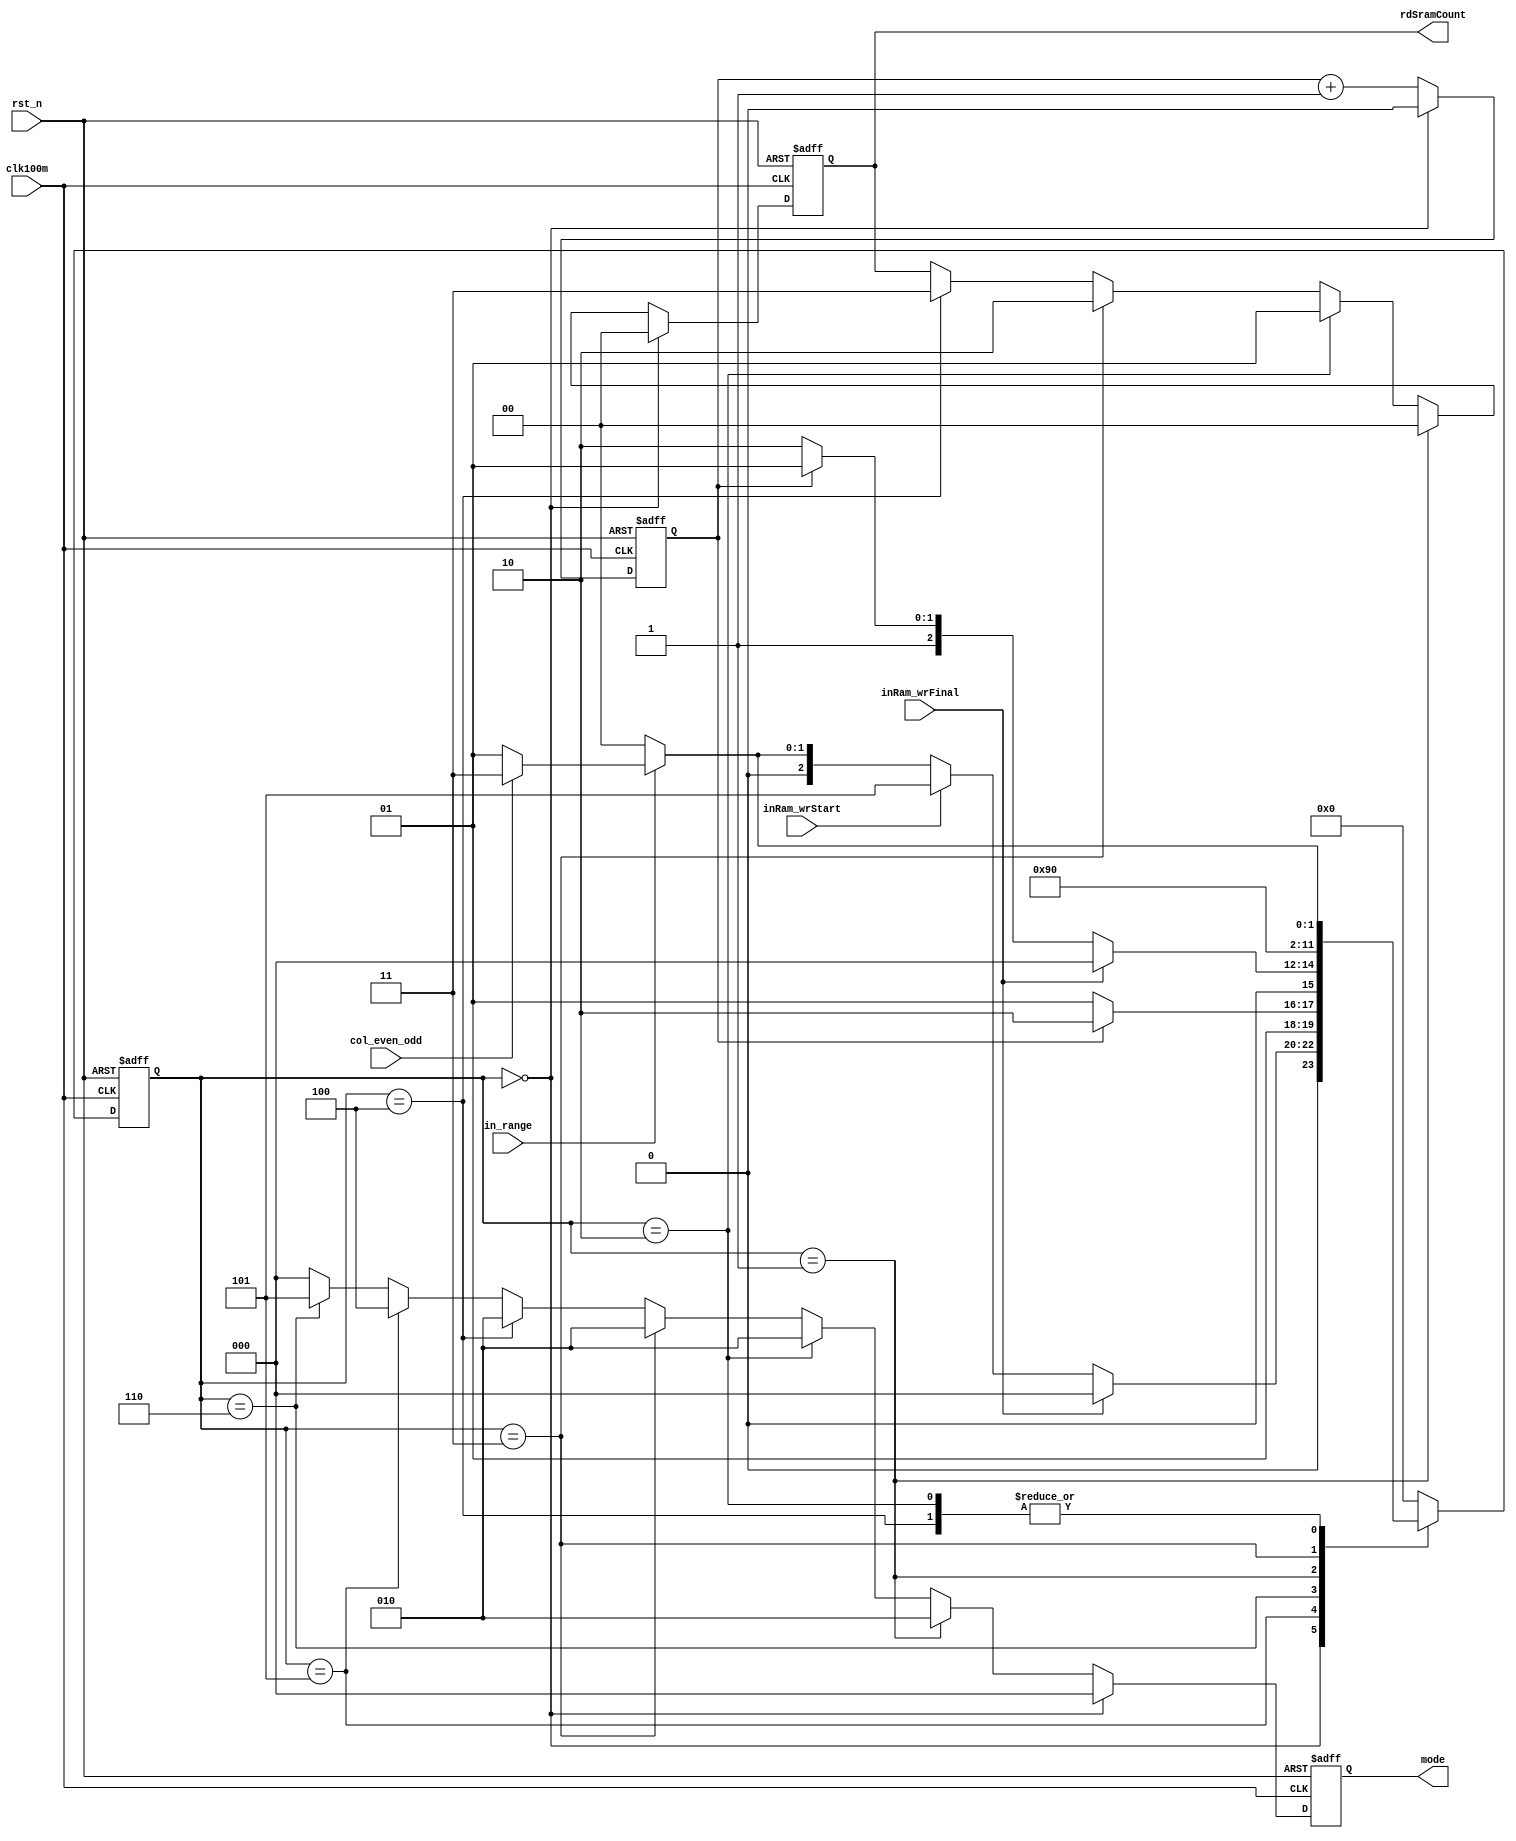
module state_view(
 input in_range,
 input rst_n,
 input col_even_odd,
 input clk100m,
 input inRam_wrStart,
 input inRam_wrFinal,
 output reg[2:0]mode,
 output reg [1:0]rdSramCount
);
reg [3:0]state_c, state_n;

`define DELAY_1clk  (cnt==1'b1)

parameter IDLE = 4'd0,//IDLE
    REA0 = 4'd1,//read even all
    REA1 = 4'd2,//read even LB
    REA2 = 4'd3,//read odd UB
    REA3 = 4'd4,//read odd all
    WRT0 = 4'd5,//write LB
    WRT1 = 4'd6;//write UB
 
  reg cnt;
    //delay count
    always@(posedge clk100m or negedge rst_n)begin
        if(rst_n==1'b0)begin
            cnt<=1'b0;
        end
        else if(state_c==IDLE)begin
            cnt<=1'b0;
        end
        else begin
            cnt<=cnt+1'b1;
        end
    end
 
 //
    always@(posedge clk100m or negedge rst_n)begin
        if(~rst_n)begin
            state_c<=IDLE;
        end
        else begin
            state_c<=state_n;
        end
    end
    
 always@(state_c or in_range or inRam_wrStart or inRam_wrFinal or cnt or col_even_odd)begin
  case(state_c)
   IDLE:if(inRam_wrFinal==1'b1)begin
       state_n<=IDLE;
     end
     else if(inRam_wrStart==1'b1)begin
       state_n<=WRT0;
     end
     else if(in_range==1'b1)begin
     if(col_even_odd ==1'b0) begin
      state_n<=REA0;
     end
     else begin
      state_n<=REA2;
     end
     end
     else begin
       state_n<=IDLE;
     end
     
   WRT0: 
    if(`DELAY_1clk)begin
     state_n<=WRT1;
    end
    else begin
     state_n<=WRT0;
    end
   WRT1:
    if (inRam_wrFinal==1'b1)begin
     state_n<=IDLE;
    end
    else if(`DELAY_1clk)begin
     state_n<=WRT0;
    end
    else begin
     state_n<=WRT1;
    end 
    
   REA0: state_n<=REA1;
   REA1: begin
    if(in_range == 1'b0)begin
     state_n<=IDLE;
    end
    else if(col_even_odd ==1'b0)begin
     state_n<=REA0;
    end
    else begin
     state_n<=REA2;
    end
   end
   REA2: state_n<=REA3;
   REA3: 
    if(in_range == 1'b0)begin
     state_n<=IDLE;
    end
    else if(col_even_odd ==1'b0) begin
     state_n<=REA0;
    end
    else begin
     state_n<=REA2;
    end
   
   default:state_n<=IDLE;
  endcase
 end

 //output
  always@(posedge clk100m or negedge rst_n)begin
        if(~rst_n)begin
            mode<=3'b000;
    rdSramCount<= 2'b00;
        end
        else if (state_c == IDLE)begin
            mode<=3'b000;
    rdSramCount<= 2'b00;
        end
    else if (state_c == REA0)begin
    mode<=3'b010;
    rdSramCount<= 2'b00;
    end
    else if (state_c == REA1)begin
    mode<=3'b010;
    rdSramCount<= 2'b01;
    end
    else if (state_c == REA2)begin
    mode<=3'b010;
    rdSramCount<= 2'b10;
    end
    else if (state_c == REA3)begin
    mode<=3'b010;
    rdSramCount<= 2'b11;
    end
    else if (state_c == WRT0)begin
    mode<=3'b100;
    end
    else if (state_c == WRT1)begin
    mode<=3'b101;
    end
    else begin
    mode<=3'b000;
    end
    end
  


endmodule